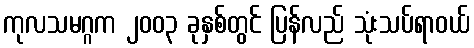
ကုလသမဂ္ဂက ၂၀၀၃ ခုနှစ်တွင် ပြန်လည် သုံးသပ်ရာဝယ်